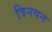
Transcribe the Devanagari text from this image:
त्रिनयन